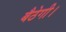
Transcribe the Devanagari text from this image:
बैठेगी।